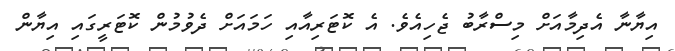
އިޔާނާ އެދިމާއަށް މިސްރާބު ޖެހިއެވެ. އެ ކޮޓަރިއާއި ހަމައަށް ދެވުމުން ކޮޓަރީގައި އިޔާން